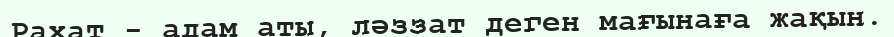
Рахат - адам аты, ләззат деген мағынаға жақын.